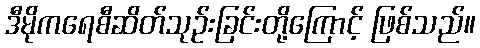
ဒီမိုကရေစီဆိတ်သုဉ်းခြင်းတို့ကြောင့် ဖြစ်သည်။